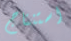
استنتاج